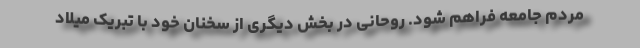
مردم جامعه فراهم شود. روحانی در بخش دیگری از سخنان خود با تبریک میلاد